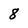
Character: 8